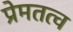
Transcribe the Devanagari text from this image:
प्रेमतत्व